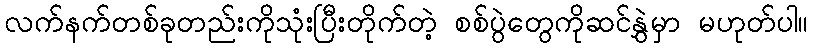
လက်နက်တစ်ခုတည်းကိုသုံးပြီးတိုက်တဲ့ စစ်ပွဲတွေကိုဆင်နွှဲမှာ မဟုတ်ပါ။